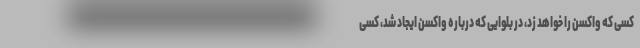
کسی که واکسن را خواهد زد، در بلوایی که درباره واکسن ایجاد شد، کسی